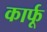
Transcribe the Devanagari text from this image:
कार्फू